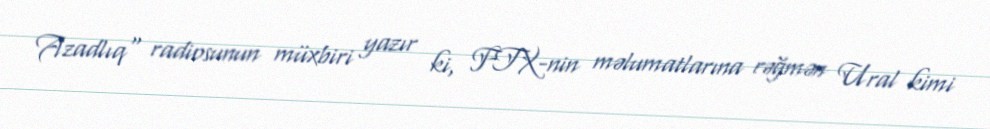
Azadlıq" radiosunun müxbiri yazır ki, FTX-nin məlumatlarına rəğmən Ural kimi